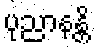
ပုညာနန္တိ